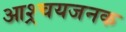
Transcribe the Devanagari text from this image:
आश्र्चयजनक